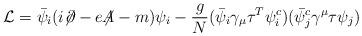
LaTeX: \begin{align*}{\cal L} = \bar{\psi}_i(i{\not\!\partial} -e{\not\!\!A} -m)\psi_i - \frac{g}{N} (\bar{\psi}_i \gamma_\mu\tau^T \psi^c_i) (\bar{\psi}^c_j\gamma^\mu\tau\psi_j)\end{align*}